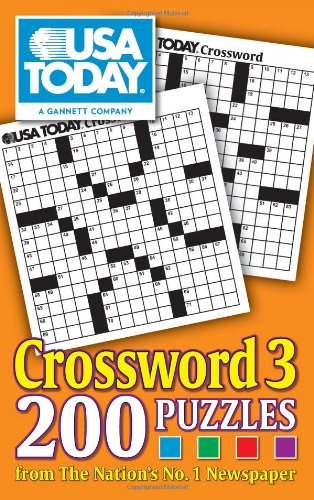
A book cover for USA TODAY Crossword 3: 200 Puzzles from The Nation's No. 1 Newspaper (USA Today Crosswords); USA TODAY; Humor & Entertainment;